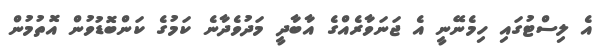
އެ ލިސްޓުގައި ހިމެނޭނީ އެ ޖަނަވާރެއްގެ އާބާދީ މަދުވެދާނެ ކަމުގެ ކަންބޮޑުވުން އޮތުމުން